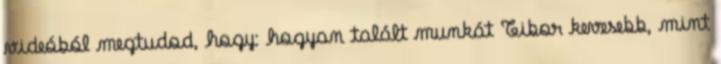
videóból megtudod, hogy: hogyan talált munkát Tibor kevesebb, mint